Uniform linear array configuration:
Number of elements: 16
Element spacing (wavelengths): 0.5
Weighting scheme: hann
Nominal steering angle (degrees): -60
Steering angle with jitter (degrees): -59.822
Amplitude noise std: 0.05
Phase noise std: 0.05

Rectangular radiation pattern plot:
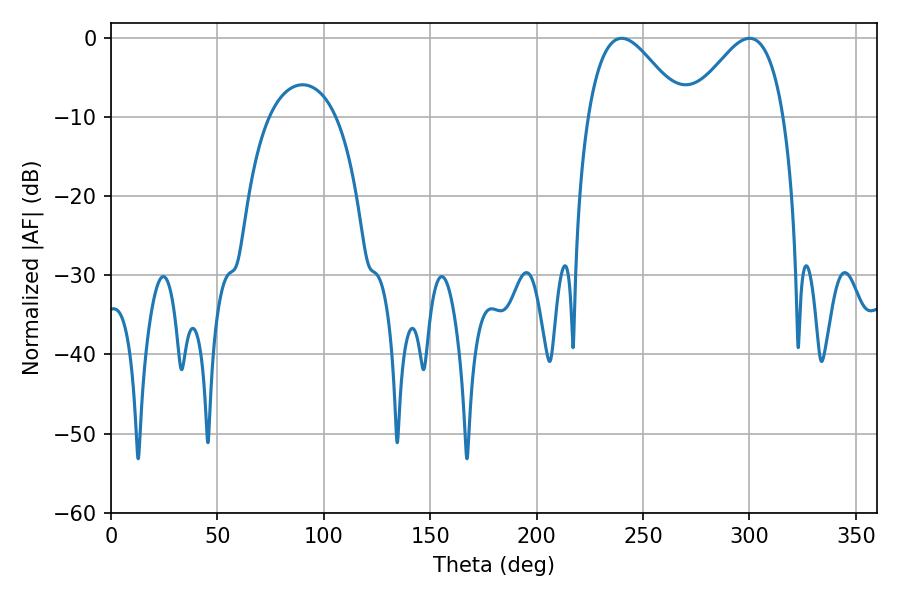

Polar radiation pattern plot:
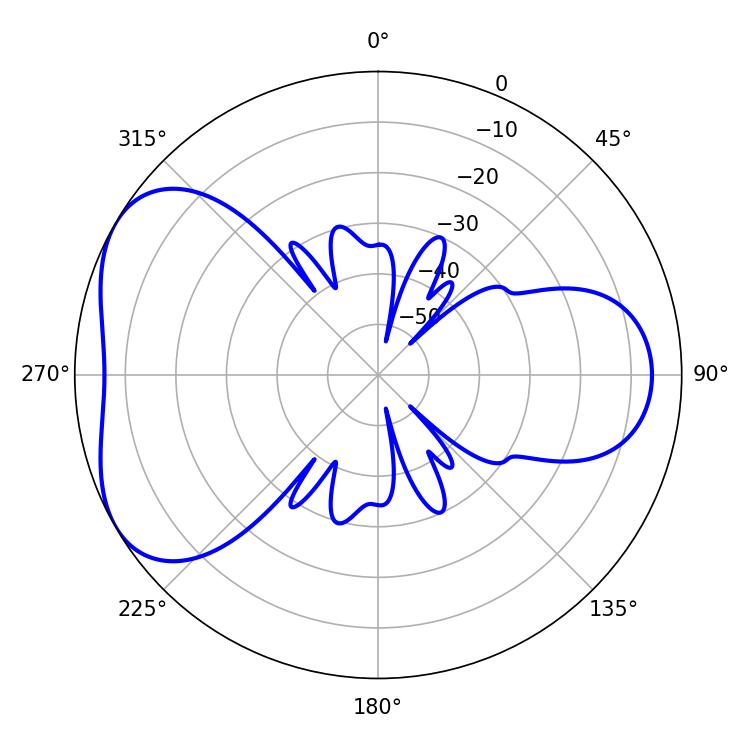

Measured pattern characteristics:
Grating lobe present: FALSE
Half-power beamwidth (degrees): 23.94
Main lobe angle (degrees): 239.94